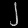
Digit: ၂